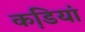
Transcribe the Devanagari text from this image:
कडि़यां